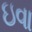
ઇવા